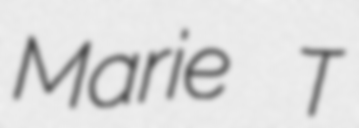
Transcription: Marie T